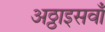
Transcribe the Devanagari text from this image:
अठ्ठाइसवाँ